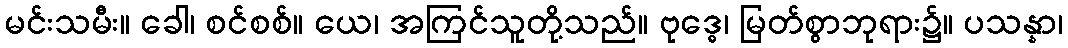
မင်းသမီး။ ခေါ၊ စင်စစ်။ ယေ၊ အကြင်သူတို့သည်။ ဗုဒ္ဓေ၊ မြတ်စွာဘုရား၌။ ပသန္နာ၊